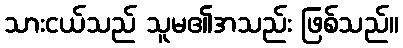
သားငယ်သည် သူမ၏အသည်း ဖြစ်သည်။